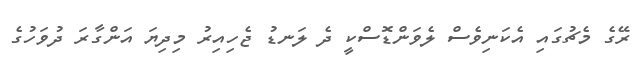
ރޭގެ މެޗުގައި އެކަނިވެސް ލެވަންޑޮސްކީ ދެ ލަނޑު ޖެހިއިރު މިދިޔަ އަންގާރަ ދުވަހުގެ